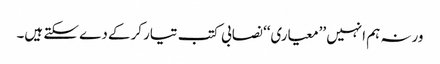
ورنہ ہم انہیں ’’معیاری‘‘ نصابی کتب تیار کرکے دے سکتے ہیں۔